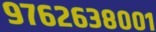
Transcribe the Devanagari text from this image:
९७६२६३८००१